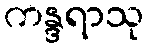
ကန္ဒရာသု